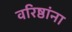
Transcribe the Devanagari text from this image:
वरिष्ठांना